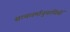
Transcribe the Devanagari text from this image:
सत्यधर्मानुयायियों